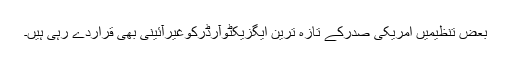
بعض تنظیمیں امریکی صدرکے تازہ ترین ایگزیکٹوآرڈرکوغیرآئینی بھی قراردے رہی ہیں۔